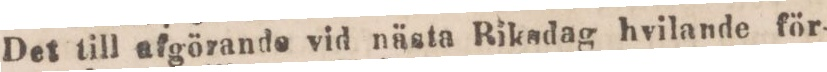
Det till afgörande vid nästa Riksdag hvilande för-